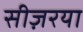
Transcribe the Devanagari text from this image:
सीज़रया